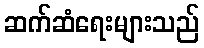
ဆက်ဆံရေးများသည်